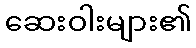
ဆေးဝါးများ၏